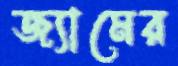
জ্যামের